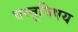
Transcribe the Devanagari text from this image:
वस्तूविषय